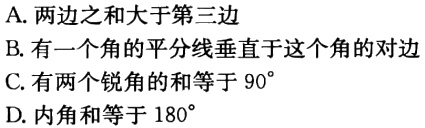
A. 两边之和大于第三边
B. 有一个角的平分线垂直于这个角的对边
C. 有两个锐角的和等于$90^{\circ}$
D. 内角和等于$180^{\circ}$